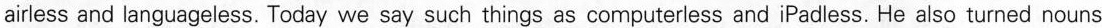
airless and languageless. Today we say such things as computerless and iPadless. He also turned nouns